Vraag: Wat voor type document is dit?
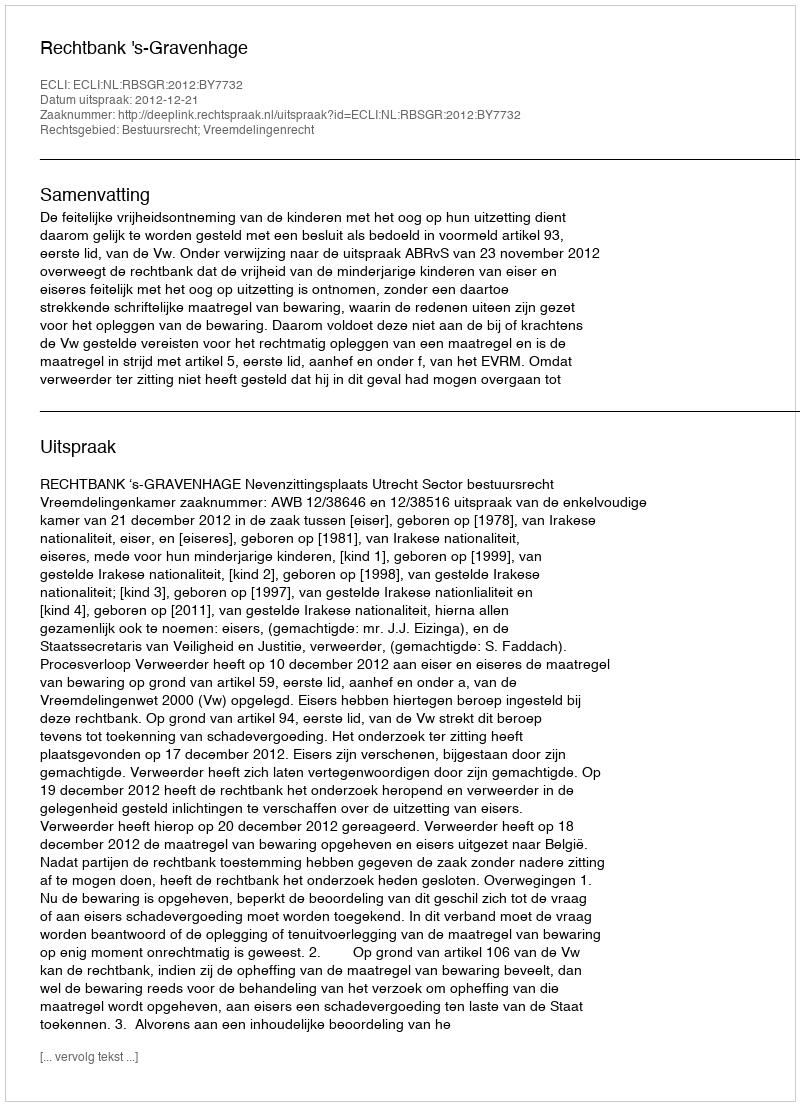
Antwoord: Uitspraak